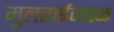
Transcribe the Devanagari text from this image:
मुलताईजवळ